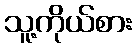
သူ့ကိုယ်စား